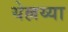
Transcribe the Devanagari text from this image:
येल्लय्या